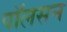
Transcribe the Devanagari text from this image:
पाॅलसन